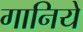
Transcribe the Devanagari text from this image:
गानिये